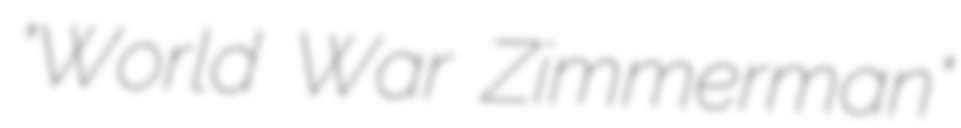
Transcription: "World War Zimmerman"